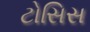
ટોસિસ